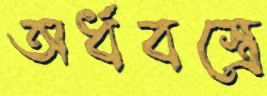
অর্ধবস্ত্রে